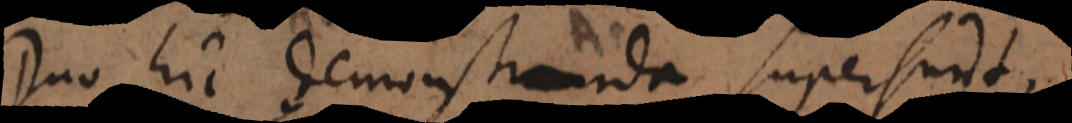
Duo hic demonstranda supersunt,